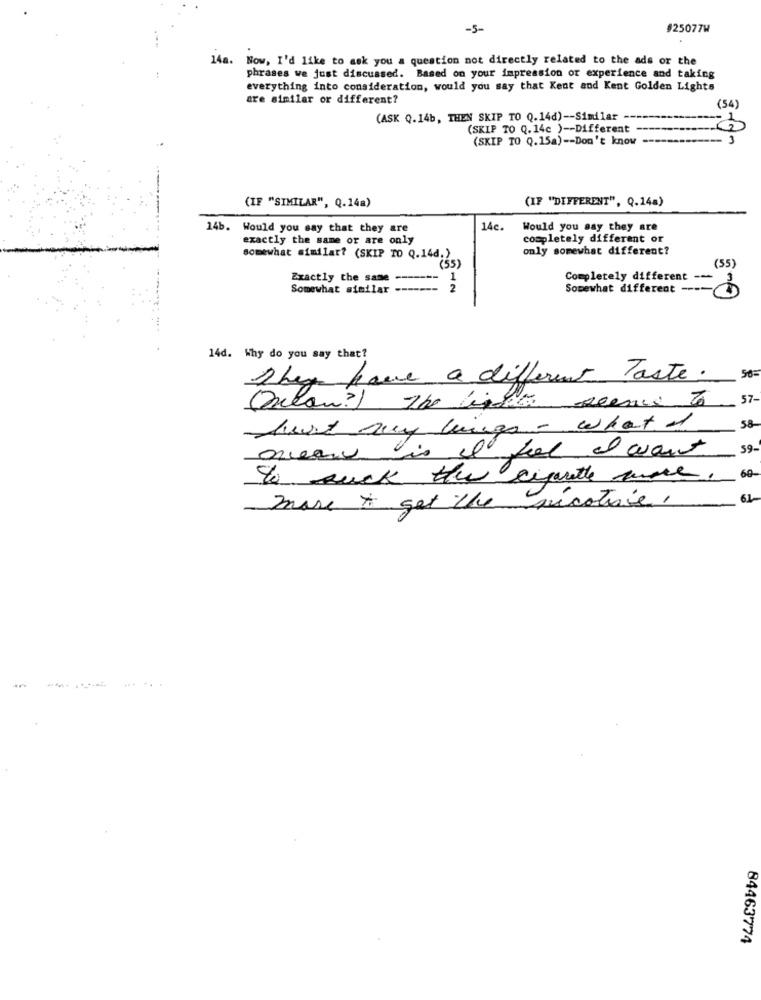
-5-
025077W
14a. Now, I'd like to ask you a question not directly related to the ads or the
phrases we just discussed. Based on your impression or experience and taking
everything into consideration, would you say that Kent and Kent Golden Lights
are similar or different?
(54)
(ASK Q.14b, THEN SKIP TO Q.14d) -- Similar --
(SKIP TO Q. 14c ) -- Different
(SKIP TO Q.15a) -- Don't know
(IF "DIFFERENT", Q.14a)
(IF "SIMILAR", Q.14a)
14b. Would you say that they are
14c.
Would you say they are
exactly the same or are only
completely different or
only somewhat different?
somewhat similar? (SKIP TO Q.14d.)
(55)
(55)
Exactly the same
1
Completely different --
Somewhat similar
2
Somewhat different ----
14d. Why do you say that?
They have a different Taste.
57
Oneon?) The linha seems to
Just say wings - what If
58-
means is a fool el want
59-
to suck the eigenthe more.
60-
61
more to get the picotive,
..... .
84463774